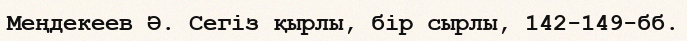
Меңдекеев Ә. Сегіз қырлы, бір сырлы, 142-149-бб.